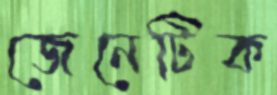
জেনেটিক